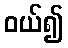
ဝယ်၍